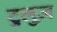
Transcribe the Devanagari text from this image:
टुलुज़